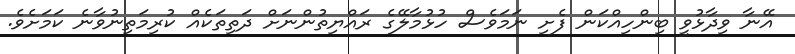
އޭނާ ވިދާޅުވީ ބިންހިއްކަން ފެށި ނަމަވެސް ހުޅުމާލޭގެ ރައްޔިތުންނަށް ދަތިތަކެއް ކުރިމަތިނުވާނެ ކަމަށެވެ.